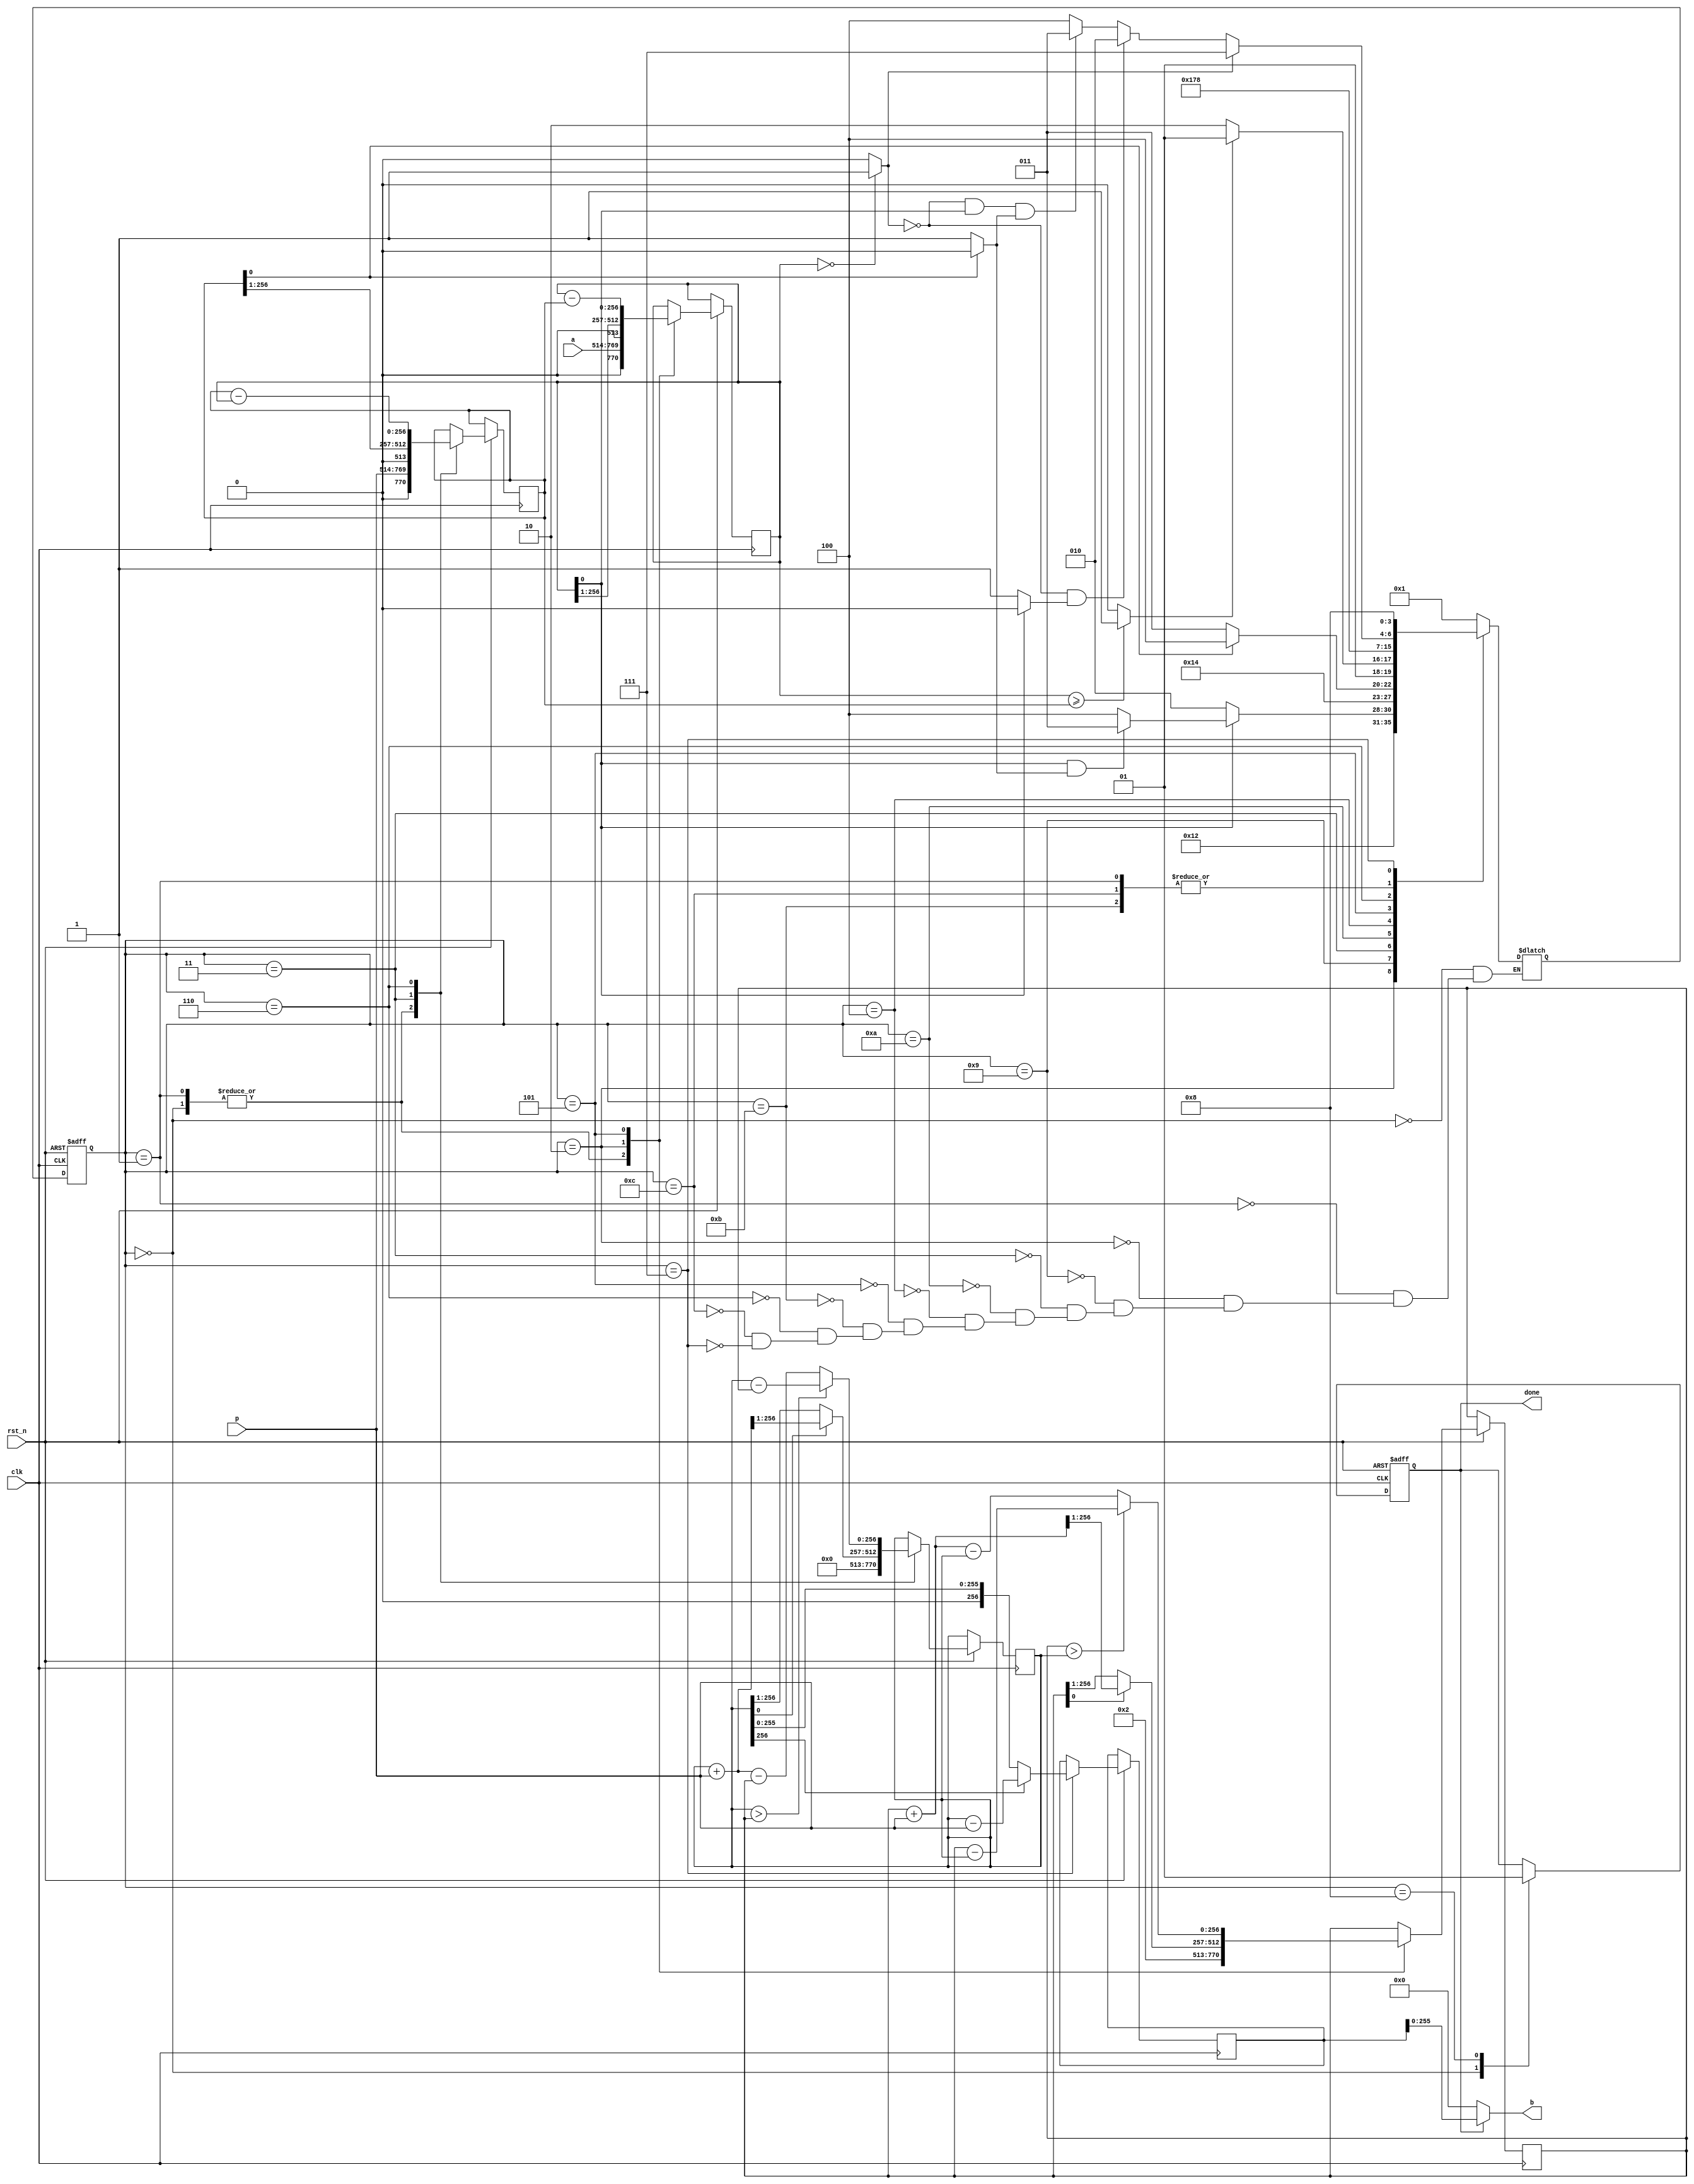
module inv_mod(
    input clk,
    input rst_n,
    input [255:0] a,
    input [255:0] p,
    output [255:0] b,
    output done
    );
    
    //tmp用于判断
    parameter IDLE=4'd0,S1=4'd1,S2=4'd2,S3=4'd3,S4=4'd4,S5=4'd5,S6=4'd6,S7=4'd7,S8=4'd8,S2_tmp=4'd9,S3_tmp=4'd10,S5_tmp=4'd11,S6_tmp=4'd12;
    reg[3:0] state, next_state;

    wire u_even,v_even,u_zero,u_ge_v;
    assign u_even = u[0]==0?1:0;
    assign v_even = v[0]==0?1:0;
    assign u_zero = u==0?1:0;
    assign u_ge_v = u>=v?1:0;
    //相加可能溢出，所以采用257位
    reg [256:0] u,v,x,y,b_reg;
    reg done_reg;
    always @(posedge clk or negedge rst_n) begin
          if(!rst_n)
            state <= IDLE;
        else
            state <= next_state;
    end
    always @(*) begin
        case(state)
            IDLE:next_state = S1;
            S1: begin
                if(u_zero==1) next_state = S7;
                else if(u_zero==0&u_even==1) next_state = S2;
                else if(u_zero==0&u_even==0&v_even==1) next_state = S3;
                else next_state = S4;
            end
            S2: begin
                next_state = S2_tmp;
            end
            // 用于判断
            S2_tmp: begin
                if(u_even==1) next_state = S2;
                else if(u_even==0&v_even==1) next_state = S3;
                else next_state = S4;
            end
            S3:next_state = S3_tmp;
            S3_tmp: begin
                if(v_even==1) next_state = S3;
                else if(v_even==0) next_state = S4;
            end
            S4:begin
                if(u_ge_v==1) next_state = S5;
                else next_state = S6;
            end
            S5:next_state = S5_tmp;
            S5_tmp: begin
                if(u_zero==1) next_state = S7;
                else if(u_zero==0&u_even==1) next_state = S2;
                else if(u_zero==0&u_even==0&v_even==1) next_state = S3;
                else next_state = S4;
            end
            S6: next_state = S6_tmp;
            S6_tmp: begin
                if(u_zero==1) next_state = S7;
                else if(u_zero==0&u_even==1) next_state = S2;
                else if(u_zero==0&u_even==0&v_even==1) next_state = S3;
                else next_state = S4;
            end
            S7: next_state = S8;
            S8: ;
        endcase
    end

    always @(posedge clk or negedge rst_n) begin
        if(!rst_n) begin
            done_reg <= 0;
        end
        else begin
            case(state)
                IDLE:begin
                    done_reg<=0;
                    u <= a;
                    v <= p;
                    x <= 1;
                    y <= 0;
                end
                S1: begin
                    u <= a;
                    v <= p;
                    x <= 1;
                    y <= 0;
                end
                S2: begin
                    u <= u>>1;
                    if(x[0]==0) x <= x>>1;
                    else x <= (x+p)>>1;
                end
                S3: begin
                    v <= v>>1;
                    if(y[0]==0) y <= y>>1;
                    else y <= (y+p)>>1;
                end
                S4:;
                S5: begin
                    u <= u-v;
                    if(x>y) x <= x-y;
                    else x <= x+p-y;
                end
                S6: begin
                    v = v-u;
                    if(y>x) y <= y-x;
                    else y <= y+p-x;
                end
                S7: b_reg <= (y[256]==1)?(y-p):y;
                S8:done_reg <= 1;
                S2_tmp,S3_tmp,S5_tmp,S6:;
            endcase
        end
    end
    assign done = done_reg;
    assign b = done?b_reg:0;

endmodule